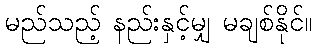
မည်သည့် နည်းနှင့်မျှ မချစ်နိုင်။